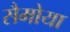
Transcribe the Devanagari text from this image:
सैमोया